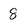
Character: 8